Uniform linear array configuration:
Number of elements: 24
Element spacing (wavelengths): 0.25
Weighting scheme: binomial
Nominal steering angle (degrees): -30
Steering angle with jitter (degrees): -29.574
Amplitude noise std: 0.05
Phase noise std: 0.05

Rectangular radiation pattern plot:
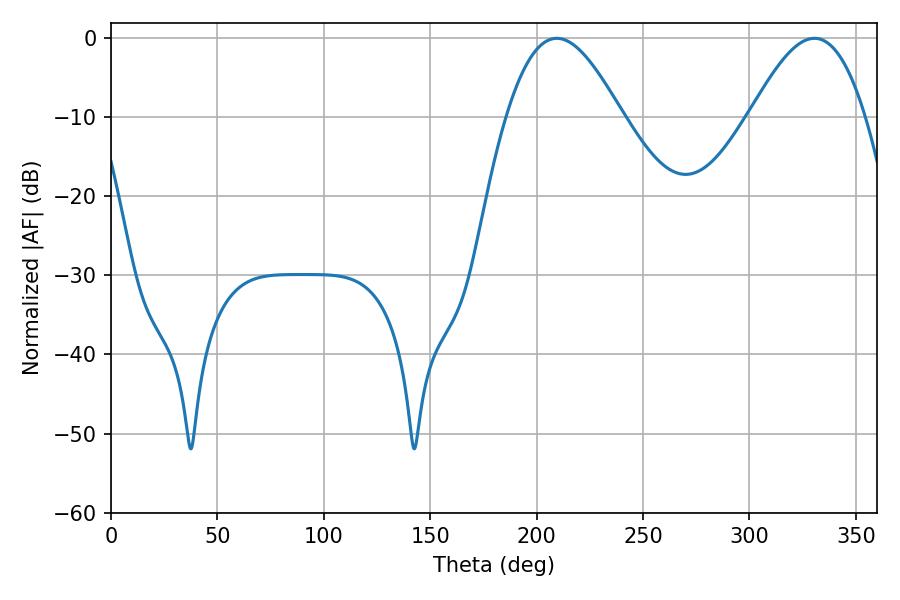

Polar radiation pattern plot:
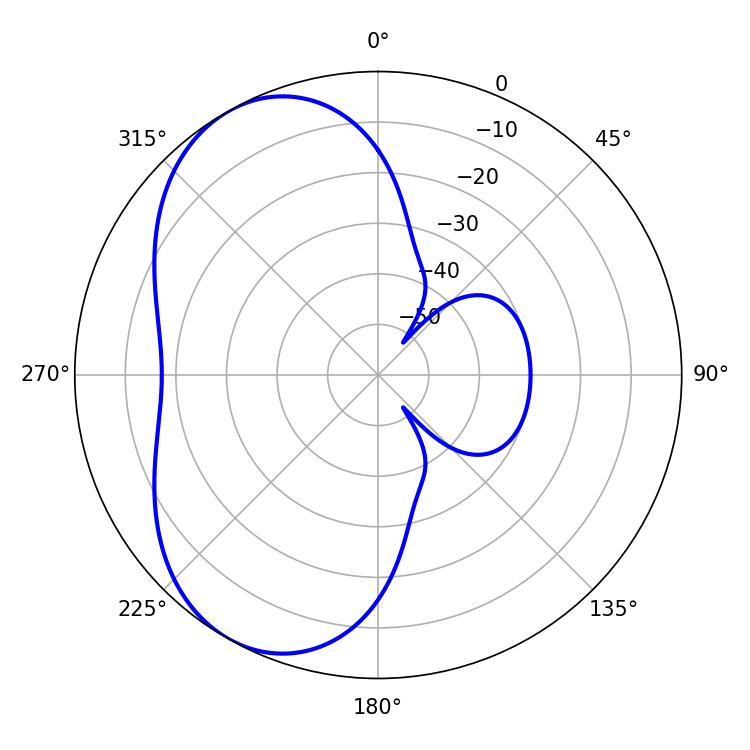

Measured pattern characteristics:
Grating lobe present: FALSE
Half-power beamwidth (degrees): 29.16
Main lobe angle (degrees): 209.52